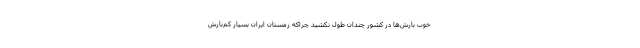
خوب بارش‌ها در کشور چندان طول نکشید چراکه زمستان ایران بسیار کم‌بارش